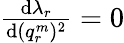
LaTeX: \begin{array}{r}{\frac{\mathrm{d}\lambda_{r}}{\mathrm{d}(q_{r}^{m})^{2}}=0}\end{array}